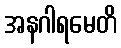
အနဂါရမေတိ